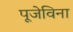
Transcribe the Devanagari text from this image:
पूजेविना